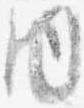
内